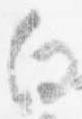
向